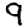
Digit: 9